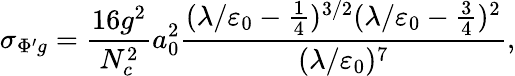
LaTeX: \sigma_{\Phi^{\prime}g}=\frac{16g^{2}}{N_{c}^{2}}a_{0}^{2}\frac{(\lambda/\varepsilon_{0}-\textstyle\frac 14)^{3/2}(\lambda/\varepsilon_{0}-\textstyle\frac 34)^{2}}{(\lambda/\varepsilon_{0})^{7}},